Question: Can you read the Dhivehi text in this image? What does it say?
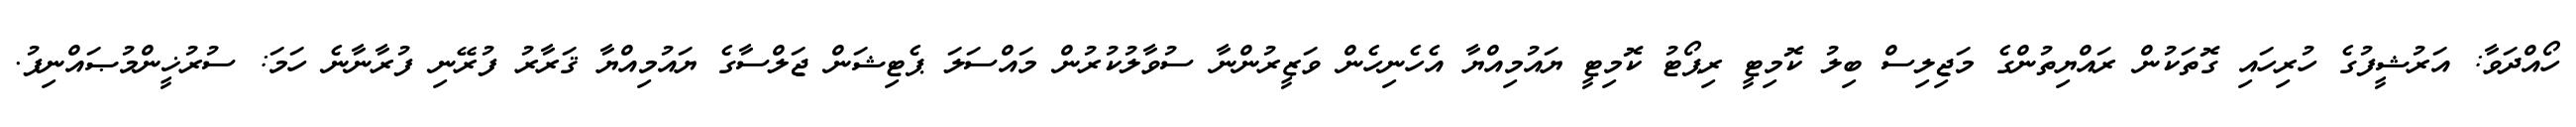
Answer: ހޯއްދަވާ: އަރުޝީފުގެ ހުރިހައި ގޮތަކުން ރައްޔިތުންގެ މަޖިލިސް ބިލު ކޮމިޓީ ރިޕޯޓު ކޮމިޓީ ޔައުމިއްޔާ އެހެނިހެން ވަޒީރުންނާ ސުވާލުކުރުން މައްސަލަ ޕެޓިޝަން ޖަލްސާގެ ޔައުމިއްޔާ ޤަރާރު ފުރޭނި ފުރާނާނެ ހަމަ: ސުރުޚީންމުޞައްނިފު.